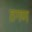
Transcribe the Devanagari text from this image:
तगण